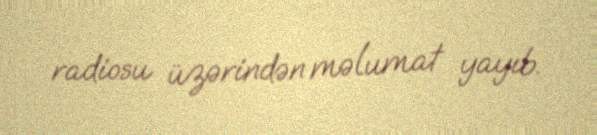
radiosu üzərindən məlumat yayıb.